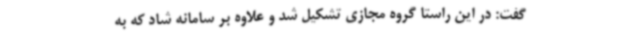
گفت: در این راستا گروه مجازی تشکیل شد و علاوه بر سامانه شاد که به